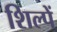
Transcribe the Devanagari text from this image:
शिल्पें